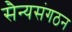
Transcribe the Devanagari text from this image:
सैन्यसंगठन